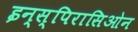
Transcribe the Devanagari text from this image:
इन्स्पिरासिओन